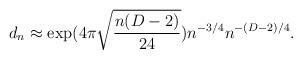
LaTeX: \begin{align*}d_n\approx \exp(4\pi \sqrt{\frac{n(D-2)}{24}})n^{-3/4}n^{-(D-2)/4}.\end{align*}